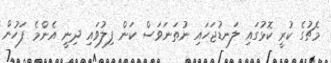
މެޗުގެ ކުރީ ކޮޅުގައި ލަނޑުޖަހައި ނުތަނަވަސް ކަން ފިލުވައި ދިނީ އެންމެ ފަހުން